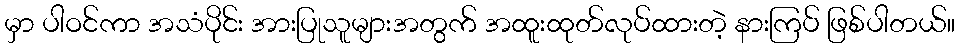
မှာ ပါဝင်ကာ အသံပိုင်း အားပြုသူများအတွက် အထူးထုတ်လုပ်ထားတဲ့ နားကြပ် ဖြစ်ပါတယ်။